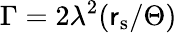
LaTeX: \Gamma=2\lambda^{2}(\mathsf{r}_{\mathrm{{s}}}/\Theta)